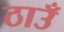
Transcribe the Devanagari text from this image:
ठाउँ